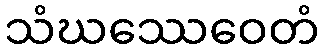
သံဃဿေဝေတံ